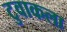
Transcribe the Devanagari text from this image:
टुवाकला